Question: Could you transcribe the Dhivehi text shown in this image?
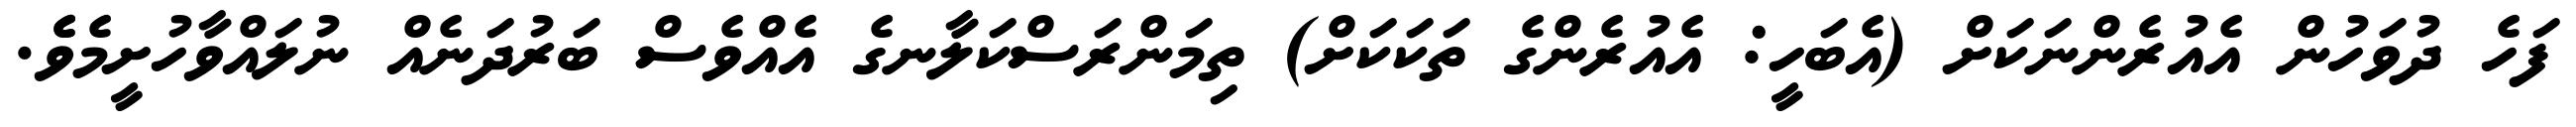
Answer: ފަހެ ދުވަހުން އެއުރެންނަކަށް (އެބަހީ: އެއުރެންގެ ތަކަކަށް) ތިމަންރަސްކަލާނގެ އެއްވެސް ބަރުދަނެއް ނުލައްވާހުށީމެވެެ.